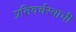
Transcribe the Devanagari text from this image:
प्रतिवर्चस्वाची